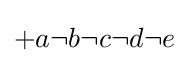
{\textstyle +a\neg b\neg c\neg d\neg e}